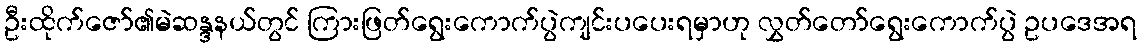
ဦးထိုက်ဇော်၏မဲဆန္ဒနယ်တွင် ကြားဖြတ်ရွေးကောက်ပွဲကျင်းပပေးရမှာဟု လွှတ်တော်ရွေးကောက်ပွဲ ဥပဒေအရ